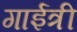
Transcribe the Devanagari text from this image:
गाईत्री